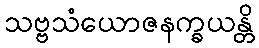
သဗ္ဗသံယောဇနက္ခယန္တိ